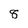
Character: 8